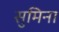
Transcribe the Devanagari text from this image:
सुमिना